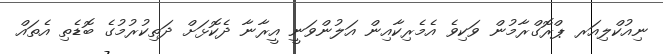
ނިއުކްލިއަރ ޕްރޮގްރާމުން ވަކިވެ އެމެރިކާއިން އަލުންވަނީ އީރާނާ ދެކޮޅަށް ދަތިކުރުމުގެ ބޮޑެތި އެތައް